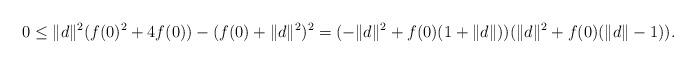
LaTeX: \begin{align*} 0 \le \|d\|^2 (f(0)^2 + 4f(0)) - (f(0) + \|d\|^2)^2 = (-\|d\|^2 + f(0)(1+\|d\|)) (\|d\|^2 + f(0)(\|d\|-1)). \end{align*}